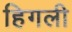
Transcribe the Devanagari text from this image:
हिगली